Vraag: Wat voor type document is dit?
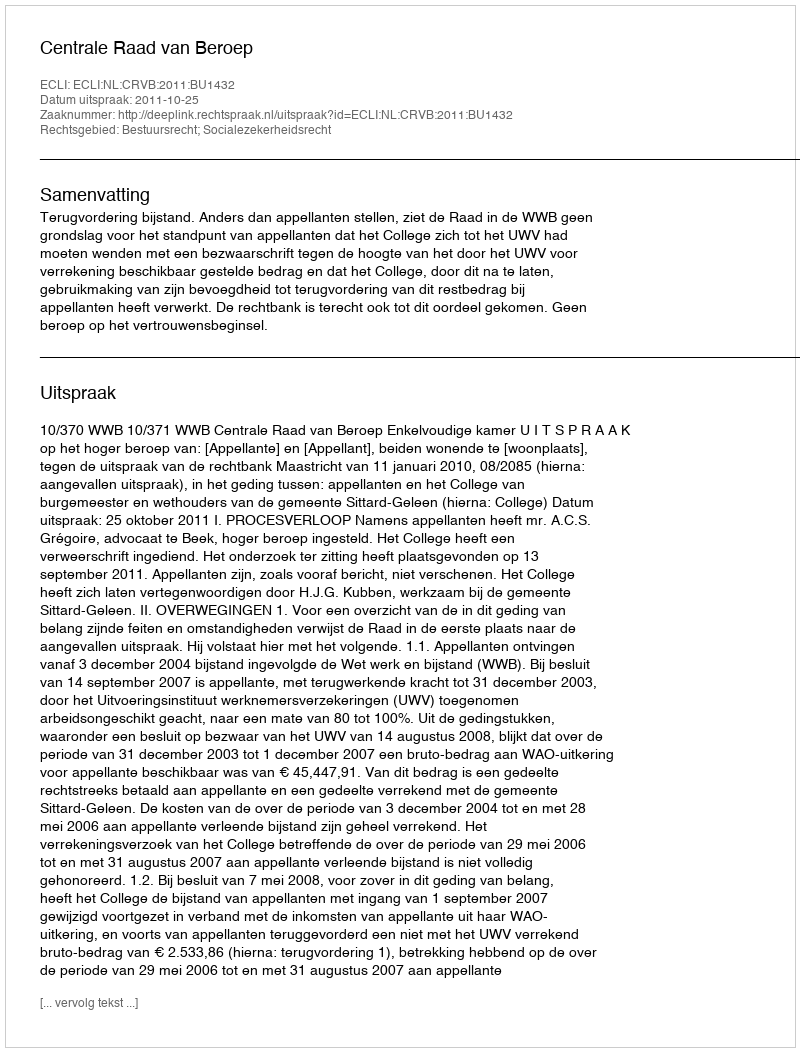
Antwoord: Uitspraak